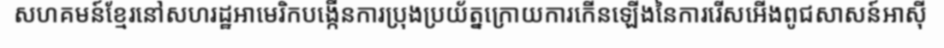
សហគមន៍ខ្មែរនៅសហរដ្ឋអាមេរិកបង្កើនការប្រុងប្រយ័ត្នក្រោយការកើនឡើងនៃការរើសអើងពូជសាសន៍អាស៊ី